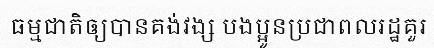
ធម្មជាតិឲ្យបានគង់វង្ស បងប្អូនប្រជាពលរដ្ឋគួរ